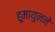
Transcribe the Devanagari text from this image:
हूमायुनने